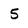
Character: 5